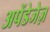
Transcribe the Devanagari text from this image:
अपेंडेजेज़